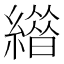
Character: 𦅊